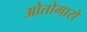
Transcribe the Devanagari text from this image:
ओतोमारो